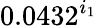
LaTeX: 0.0432^{i_{1}}